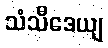
သံသီဒေယျ